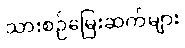
သားစဉ်မြေးဆက်များ